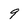
Character: 9